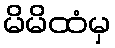
မိမိထံမှ